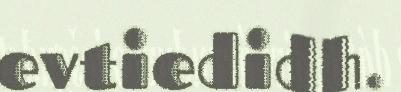
evtiedidh.